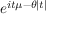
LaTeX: \! \, e ^ { i t \mu - \theta | t | }